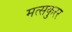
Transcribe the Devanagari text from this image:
मत्सकुरर